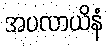
အပလာယိနံ